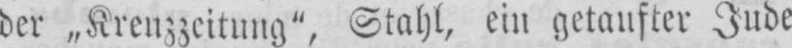
der „Krenzzeitung“, Stahl, ein getaufter Jude